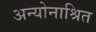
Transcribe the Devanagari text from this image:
अन्योनाश्रित